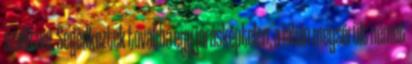
szállítani. Segédkeztek továbbá egy járásképtelen, a lábán megsérült német